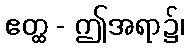
ဧတ္ထ - ဤအရာ၌၊